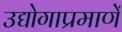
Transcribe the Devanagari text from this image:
उद्योगाप्रमाणें